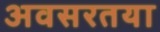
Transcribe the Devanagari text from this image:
अवसरतया